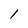
Character: l